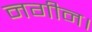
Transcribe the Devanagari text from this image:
नगीन।